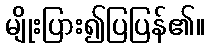
မျိုးပြား၍ပြပြန်၏။